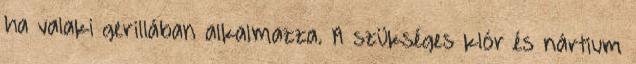
ha valaki gerillában alkalmazza. A szükséges klór és nártium